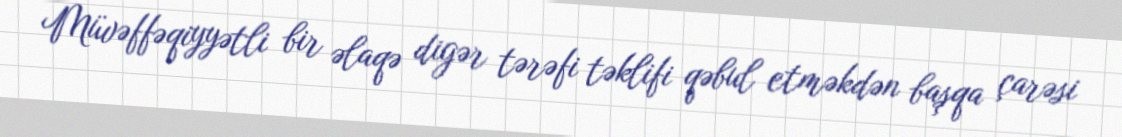
Müvəffəqiyyətli bir əlaqə digər tərəfi təklifi qəbul etməkdən başqa çarəsi